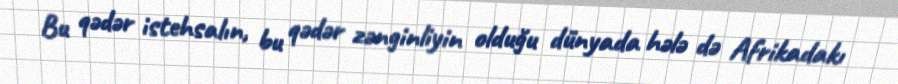
Bu qədər istehsalın, bu qədər zənginliyin olduğu dünyada hələ də Afrikadakı